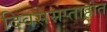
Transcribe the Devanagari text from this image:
दिवससप्ताहांत